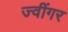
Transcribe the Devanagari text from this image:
ज्वींगर